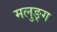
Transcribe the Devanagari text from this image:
मलुङ्ग